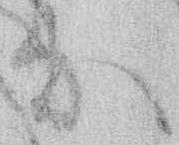
な